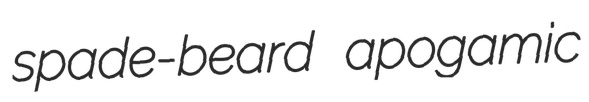
spade-beard apogamic